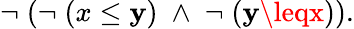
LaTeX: \neg\; (\neg\; (x\leq\mathbf{y})\; \wedge\; \neg\; (\mathbf{y}\leqx)).